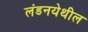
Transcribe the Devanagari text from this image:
लंडनयेथील